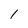
Character: 1